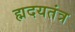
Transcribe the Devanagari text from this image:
ह्मदयतंत्र